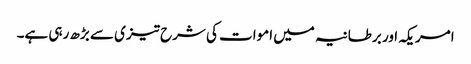
امریکہ اور برطانیہ میں اموات کی شرح تیزی سے بڑھ رہی ہے۔